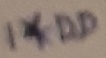
Text: 1*DD